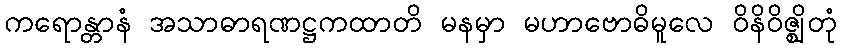
ကရောန္တာနံ အသာဓာရဏဋ္ဌကထာတိ မနမှာ မဟာဗောဓိမူလေ ဝိနိဝိဇ္ဈိတုံ